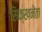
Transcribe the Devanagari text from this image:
सिक्खनेता